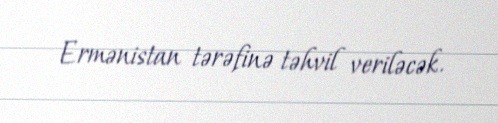
Ermənistan tərəfinə təhvil veriləcək.